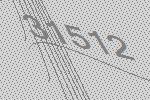
31512